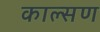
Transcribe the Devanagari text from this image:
काल्सण